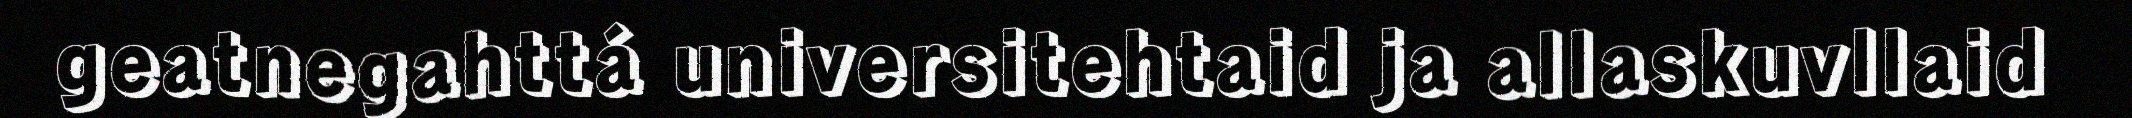
geatnegahttá universitehtaid ja allaskuvllaid